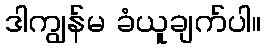
ဒါကျွန်မ ခံယူချက်ပါ။